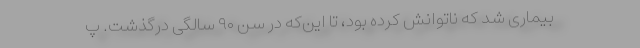
بیماری شد که ناتوانش کرده بود، تا این‌که در سن ۹۰ سالگی درگذشت. پ